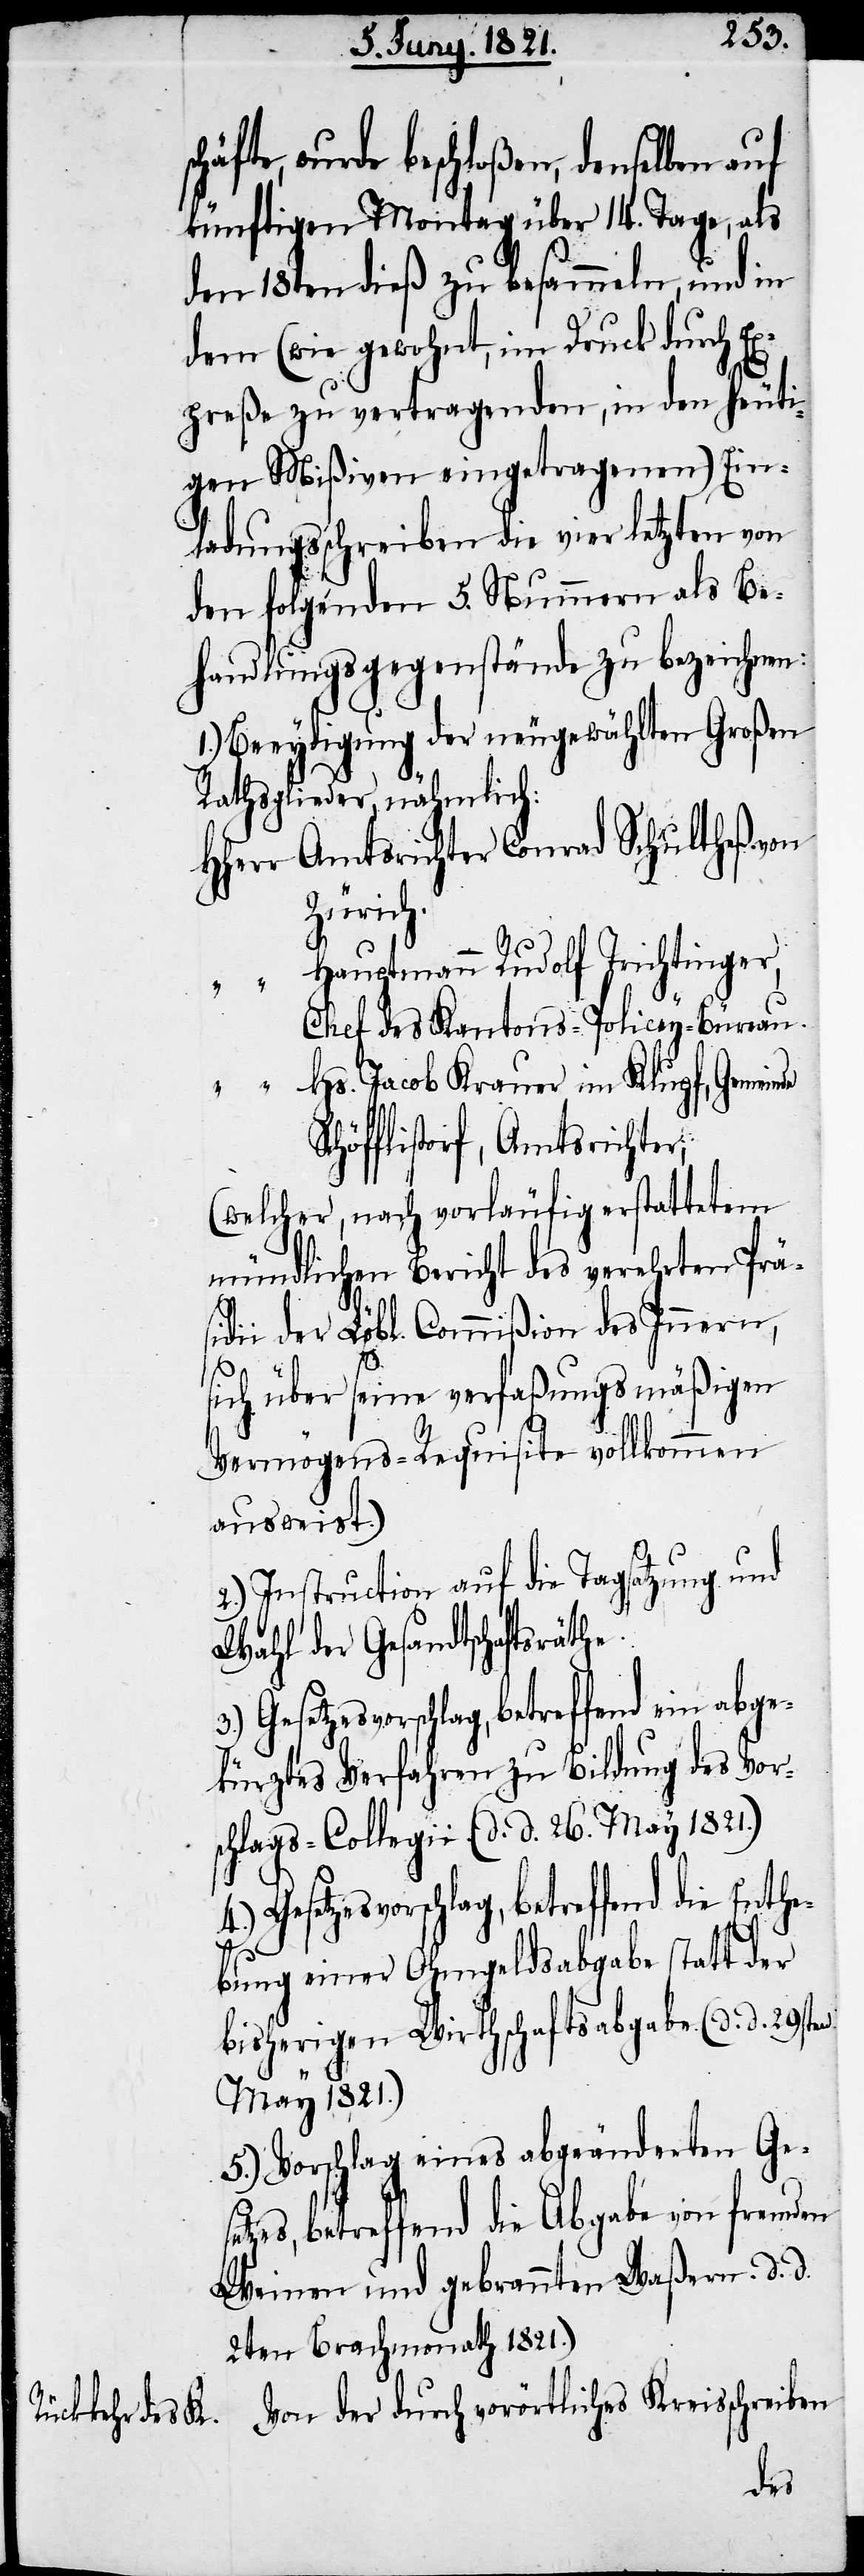
häfte, wurde beschloßen, denselben auf
künftigen Montag über 14. Tage, als
den 18ten dieß zu besammeln, und in
dem (wie gewohnt, im Druck durch Ex¬
preße zu vertragenden, in den heuti¬
gen Mißiven eingetragenen) Ein¬
ladungsschreiben die vier letzten von
den folgenden 5. Nummern als Be¬
handlungsgegenstände zu bezeichnen:
Beeydigung der neugewählten Großen
Rathsmitglieder, nähmlich:
HHerr	Amtsrichter Conrad Schultheß von
Zürich.
“	Hauptmann Rudolf Trichtinger,
Chef des Kantons-Policey-Büreau.
“	Hs. Jacob Krauer im Klupf, Gemeinde
Schöfflistorf, Amtsrichter;
(welcher, nach vorläufig erstattetem
mündlichen Bericht des verehrten Präs¬
idii der Löbl. Commißion des Innern,
sich über seine verfaßungsmäßigen
Vermögens-Requisite vollkommen
ausweist.)
2.) Instruction auf die Tagsatzung und
Wahl der Gesandtschaftsräthe.
Gesetzesvorschlag, betreffend ein abge¬
kürztes Verfahren zu Bildung des Vor¬
schlags-Collegii. (d. d. 26. May 1821.)
Gesetzesvorschlag, betreffend die Enthe¬
bung einer Ohmgeldsabgabe statt der
bisherigen Wirthschaftsabgabe (d. d. 29sten
May 1821.)
5.) Vorschlag eines abgeänderten Gese¬
tzes, betreffend die Abgabe von fremden
Weinen und gebrannten Waßern. [(]d.
2ten Brachmonath 1821.)
Von der durch vorörtliches Kreisschreiben
sc¬